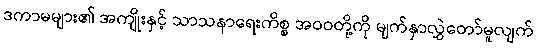
ဒကာမများ၏ အကျိုးနှင့် သာသနာရေးကိစ္စ အဝဝတို့ကို မျက်နှာလွှဲတော်မူလျက်